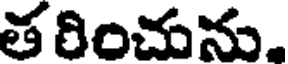
త రించును,